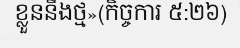
ខ្លួននឹងថ្ម»(កិច្ចការ ៥:២៦)